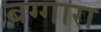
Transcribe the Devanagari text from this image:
बग्गारा